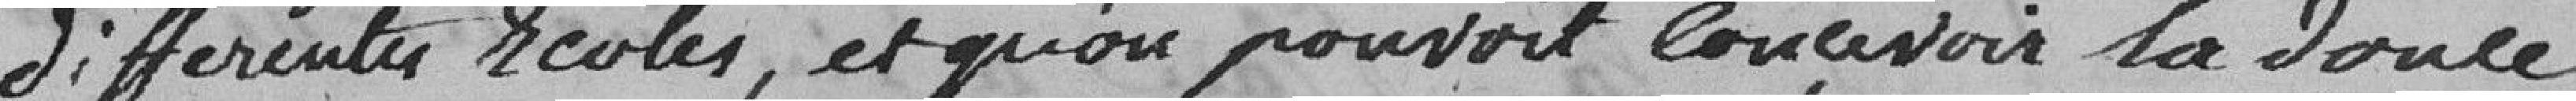
différentes écoles, et qu'on pouvait concevoir la douce